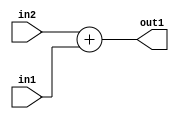
`timescale 1ps / 1ps
/*****************************************************************************
    Verilog RTL Description
    
    
    Created by: Stratus DpOpt 21.05.01 
*******************************************************************************/

module SobelFilter_Add_2Ux1U_3U_4 (
	in2,
	in1,
	out1
	); /* architecture "behavioural" */ 
input [1:0] in2;
input  in1;
output [2:0] out1;
wire [2:0] asc001;

assign asc001 = 
	+(in2)
	+(in1);

assign out1 = asc001;
endmodule

/* CADENCE  urn0SA0= : u9/ySxbfrwZIxEzHVQQV8Q== ** DO NOT EDIT THIS LINE ******/